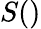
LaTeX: S()